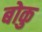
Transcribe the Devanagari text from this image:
बोकु